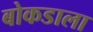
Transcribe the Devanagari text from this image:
बोकडाला